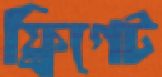
ফ্রিগেট